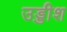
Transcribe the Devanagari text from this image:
उड्डीश